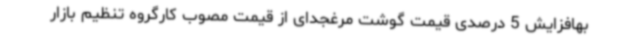
بهافزایش 5 درصدی قیمت گوشت مرغجدای از قیمت مصوب کارگروه تنظیم بازار